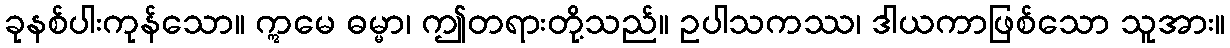
ခုနစ်ပါးကုန်သော။ ဣမေ ဓမ္မာ၊ ဤတရားတို့သည်။ ဥပါသကဿ၊ ဒါယကာဖြစ်သော သူအား။